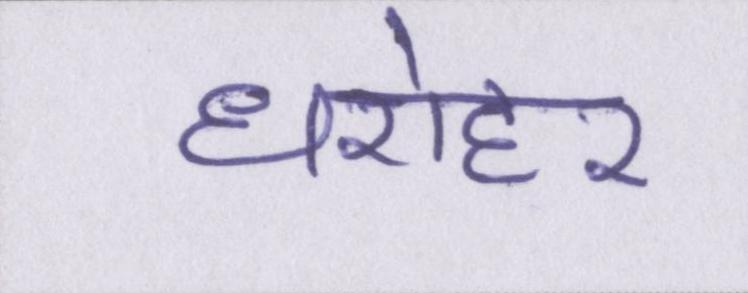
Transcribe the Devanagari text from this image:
धरोहर